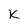
Character: K